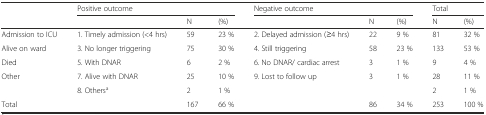
|  | <COLSPAN=3> Positive outcome | <COLSPAN=3> Negative outcome | <COLSPAN=2> Total |
 |  |  | N | (%) |  | N | (%) | N | (%) |
 | --- | --- | --- | --- | --- | --- | --- | --- | --- |
 | Admission to ICU | 1. Timely admission (<4 hrs) | 59 | 23 % | 2. Delayed admission (≥4 hrs) | 22 | 9 % | 81 | 32 % |
 | Alive on ward | 3. No longer triggering | 75 | 30 % | 4. Still triggering | 58 | 23 % | 133 | 53 % |
 | Died | 5. With DNAR | 6 | 2 % | 6. No DNAR/ cardiac arrest | 3 | 1 % | 9 | 4 % |
 | Other | 7. Alive with DNAR | 25 | 10 % | 9. Lost to follow up | 3 | 1 % | 28 | 11 % |
 |  | 8. Othersa | 2 | 1 % |  |  |  | 2 | 1 % |
 | Total |  | 167 | 66 % |  | 86 | 34 % | 253 | 100 % |